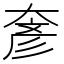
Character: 𡙓